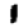
Digit: 1